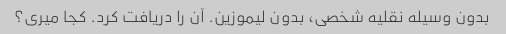
بدون وسیله نقلیه شخصی، بدون لیموزین. آن را دریافت کرد. کجا میری؟